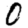
Digit: 0